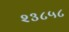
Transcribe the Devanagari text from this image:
२३८५८